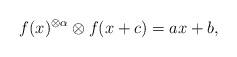
LaTeX: \begin{align*}f(x)^{\otimes \alpha}\otimes f(x+c)=ax+b,\end{align*}